Report of the Indian Hemp Drugs Commission, 1894-1895 - Volume I
Year: 1894
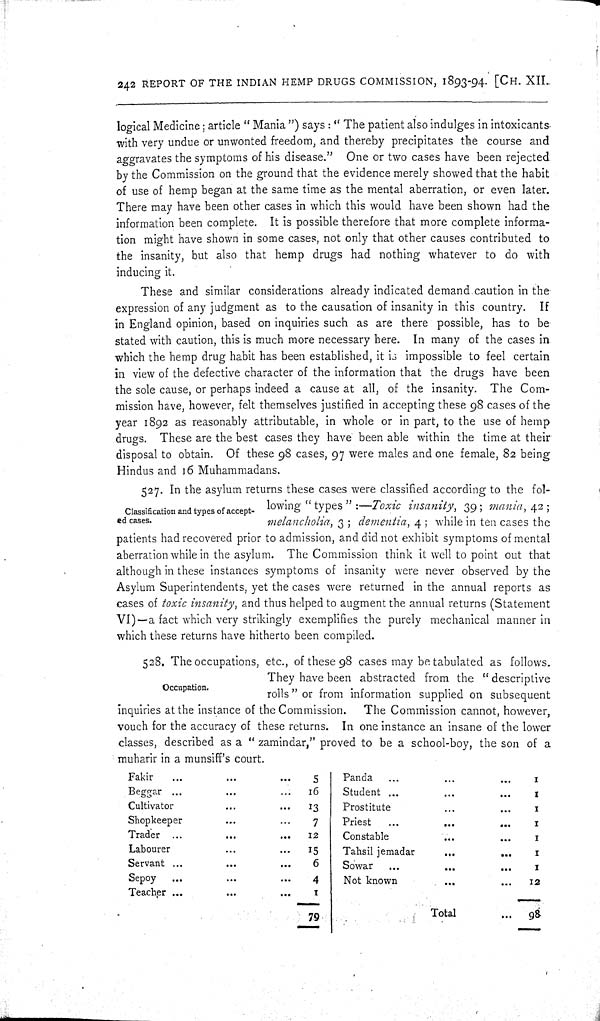
242 REPORT OF THE INDIAN HEMP DRUGS COMMISSION, 1893-94. [CH. XII.
logical Medicine; article "Mania") says: "The patient also indulges in intoxicants
with very undue or unwonted freedom, and thereby precipitates the course and
aggravates the symptoms of his disease." One or two cases have been rejected
by the Commission on the ground that the evidence merely showed that the habit
of use of hemp began at the same time as the mental aberration, or even later.
There may have been other cases in which this would have been shown had the
information been complete. It is possible therefore that more complete informa-
tion might have shown in some cases, not only that other causes contributed to
the insanity, but also that hemp drugs had nothing whatever to do with
inducing it.
These and similar considerations already indicated demand caution in the
expression of any judgment as to the causation of insanity in this country. If
in England opinion, based on inquiries such as are there possible, has to be
stated with caution, this is much more necessary here. In many of the cases in
which the hemp drug habit has been established, it is impossible to feel certain
in view of the defective character of the information that the drugs have been
the sole cause, or perhaps indeed a cause at all, of the insanity. The Com-
mission have, however, felt themselves justified in accepting these 98 cases of the
year 1892 as reasonably attributable, in whole or in part, to the use of hemp
drugs. These are the best cases they have been able within the time at their
disposal to obtain. Of these 98 cases, 97 were males and one female, 82 being
Hindus and 16 Muhammadans.
Classification and types of accept-
ed cases.
527. In the asylum returns these cases were classified according to the fol-
lowing "types":—Toxic insanity, 39; mania, 42;
melancholia, 3; dementia, 4; while in ten cases the
patients had recovered prior to admission, and did not exhibit symptoms of mental
aberration while in the asylum. The Commission think it well to point out that
although in these instances symptoms of insanity were never observed by the
Asylum Superintendents, yet the cases were returned in the annual reports as
cases of toxic insanity, and thus helped to augment the annual returns (Statement
VI)—a fact which very strikingly exemplifies the purely mechanical manner in
which these returns have hitherto been compiled.
Occupation.
528. The occupations, etc., of these 98 cases may be tabulated as follows.
They have been abstracted from the "descriptive
rolls" or from information supplied on subsequent
inquiries at the instance of the Commission.
The Commission cannot, however,
vouch for the accuracy of these returns. In one instance an insane of the lower
classes, described as a "zamindar," proved to be a school-boy, the son of a
muharir in a munsiff's court.
Fakir
5
Panda
1
Beggar
16
Student
1
Cultivator
13
Prostitute
1
Shopkeeper
7
Priest
1
Trader
12
Constable
1
Labourer
15
Tahsil jemadar
1
Servant
6
Sowar
1
Sepoy
4
Not known
12
Teacher
1
79
Total
98